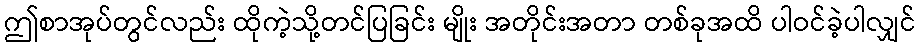
ဤစာအုပ်တွင်လည်း ထိုကဲ့သို့တင်ပြခြင်း မျိုး အတိုင်းအတာ တစ်ခုအထိ ပါဝင်ခဲ့ပါလျှင်